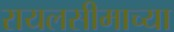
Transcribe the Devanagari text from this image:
रायलसीमाच्या